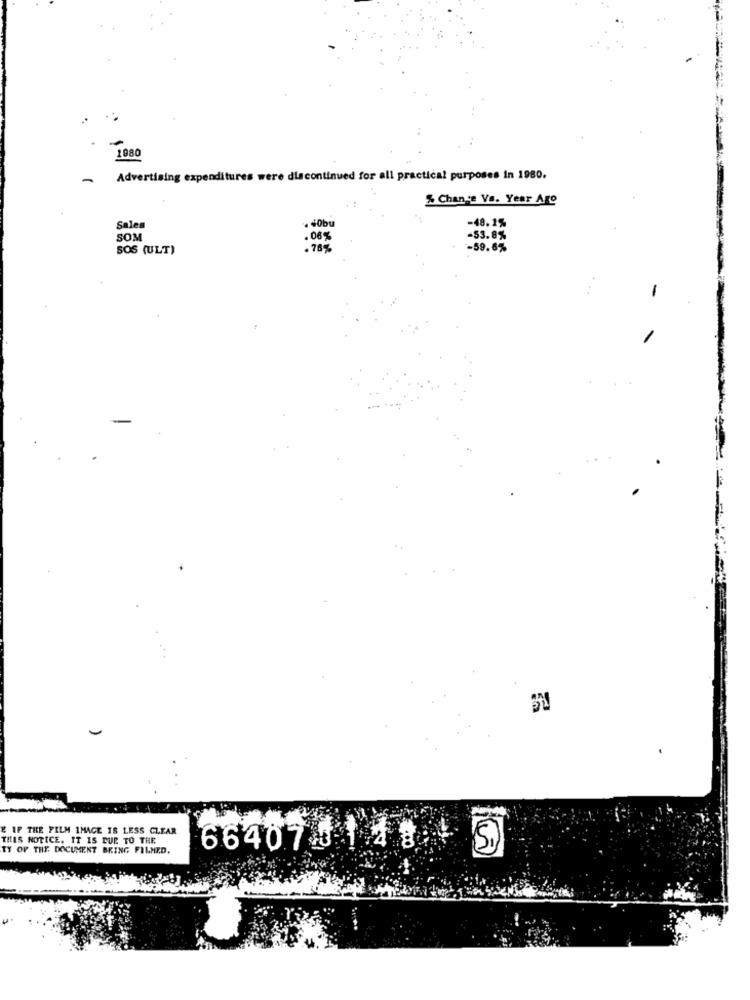
1980
-
Advertising expenditures were discontinued for all practical purposes in 1980.
% Chance Vs. Year Ago
-48.2%
Sales
. 40bu
SOM
. 06%
-53.8%
SOS (ULT)
. 70%
-59.6%
-
E IF THE FILM IMAGE IS LESS CLEAR
THIS NOTICE. IT IS DUE TO THE
TY OF THE. DOCUMENT BRING FILMED.
66407 148
Si